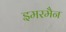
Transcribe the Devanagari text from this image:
इमरमैन